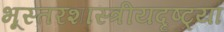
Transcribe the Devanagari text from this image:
भूस्तरशास्त्रीयदृष्ट्या